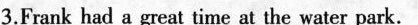
3.Frank had a great time at the water park.